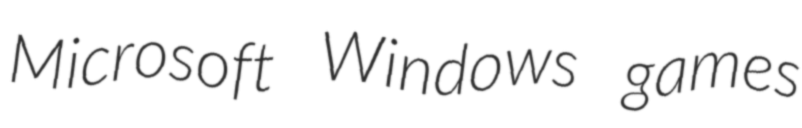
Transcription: Microsoft Windows games